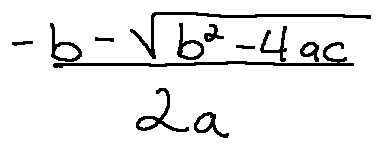
\frac { - b - \sqrt { b ^ { 2 } - 4 a c } } { 2 a }